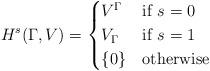
LaTeX: \begin{align*} H^s(\Gamma, V) = \begin{cases} V^{\Gamma} & \mbox{if } s=0 \\ V_{\Gamma} & \mbox{if } s=1 \\ \{ 0 \} & \mbox{otherwise} \end{cases}\end{align*}